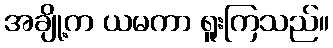
အချို့က ယမကာ ရူးကြသည်။